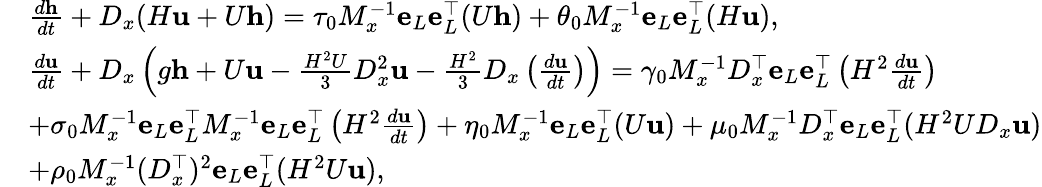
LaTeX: \begin{array}{rl}&{\frac{d\mathbf{h}}{dt}+D_{x}(H\mathbf{u}+U\mathbf{h})=\tau_{0}M_{x}^{-1}\mathbf{e}_{L}\mathbf{e}_{L}^{\top}(U\mathbf{h})+\theta_{0}M_{x}^{-1}\mathbf{e}_{L}\mathbf{e}_{L}^{\top}(H\mathbf{u}),}\\ &{\frac{d\mathbf{u}}{dt}+D_{x}\left(g\mathbf{h}+U\mathbf{u}-\frac{H^{2}U}{3}D_{x}^{2}\mathbf{u}-\frac{H^{2}}{3}D_{x}\left(\frac{d\mathbf{u}}{dt}\right)\right)=\gamma_{0}M_{x}^{-1}D_{x}^{\top}\mathbf{e}_{L}\mathbf{e}_{L}^{\top}\left(H^{2}\frac{d\mathbf{u}}{dt}\right)}\\ &{+\sigma_{0}M_{x}^{-1}\mathbf{e}_{L}\mathbf{e}_{L}^{\top}M_{x}^{-1}\mathbf{e}_{L}\mathbf{e}_{L}^{\top}\left(H^{2}\frac{d\mathbf{u}}{dt}\right)+\eta_{0}M_{x}^{-1}\mathbf{e}_{L}\mathbf{e}_{L}^{\top}(U\mathbf{u})+\mu_{0}M_{x}^{-1}D_{x}^{\top}\mathbf{e}_{L}\mathbf{e}_{L}^{\top}(H^{2}UD_{x}\mathbf{u})}\\ &{+\rho_{0}M_{x}^{-1}(D_{x}^{\top})^{2}\mathbf{e}_{L}\mathbf{e}_{L}^{\top}(H^{2}U\mathbf{u}),}\end{array}